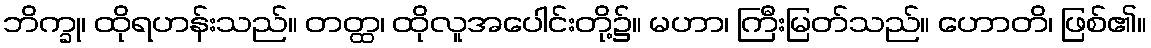
ဘိက္ခု၊ ထိုရဟန်းသည်။ တတ္ထ၊ ထိုလူအပေါင်းတို့၌။ မဟာ၊ ကြီးမြတ်သည်။ ဟောတိ၊ ဖြစ်၏။